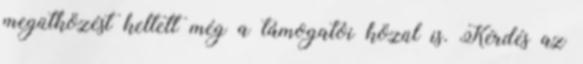
megütközést keltett még a támogatói közül is. Kérdés az